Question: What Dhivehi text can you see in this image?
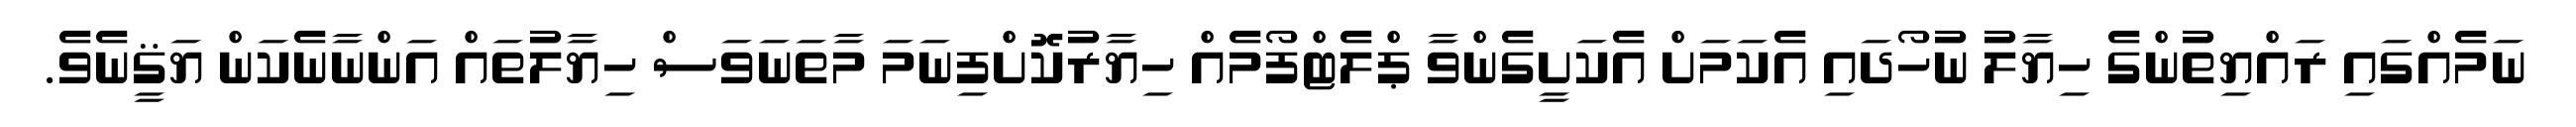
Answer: ނަމެއްގައި ރައްޔިތުންގެ ހިޔާލު ނުހޯދައި އެކަމަށް އެކަށީގެންވާ ޕްލެޓްފޯމެއް ހިޔާރުކޮށްފިނަމަ މާތަނަވަސް ހިޔާލުތައް އަންނާނެކަން ޔަޤީނެވެ.